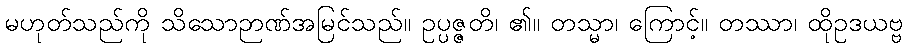
မဟုတ်သည်ကို သိသောဉာဏ်အမြင်သည်။ ဥပ္ပဇ္ဇတိ၊ ၏။ တသ္မာ၊ ကြောင့်။ တဿာ၊ ထိုဥဒယဗ္ဗ